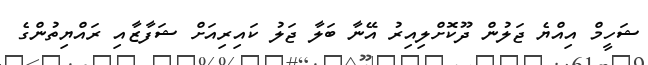
ޝަހީމް އިއްޔެ ޖަލުން ދޫކޮށްލިއިރު އޭނާ ބަލާ ޖަލު ކައިރިއަށް ޝަފާޒާއި ރައްޔިތުންގެ